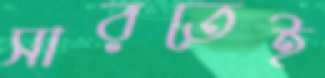
সারতেই